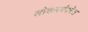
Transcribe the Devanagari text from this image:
लोकपरंपरेत